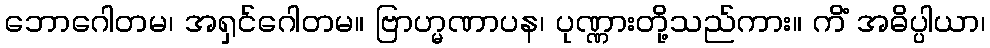
ဘောဂေါတမ၊ အရှင်ဂေါတမ။ ဗြာဟ္မဏာပန၊ ပုဏ္ဏားတို့သည်ကား။ ကိံ အဓိပ္ပါယာ၊